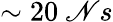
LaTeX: \sim20~\mathscr{N}s